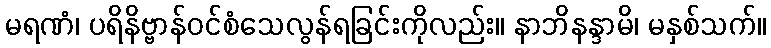
မရဏံ၊ ပရိနိဗ္ဗာန်ဝင်စံသေလွန်ရခြင်းကိုလည်း။ နာဘိနန္ဒာမိ၊ မနှစ်သက်။